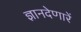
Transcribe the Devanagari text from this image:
ज्ञानदेणारें